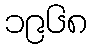
၁၉၆၈